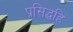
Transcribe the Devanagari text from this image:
प्रसिद्धहि